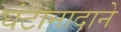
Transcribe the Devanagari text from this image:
घंटानादाने